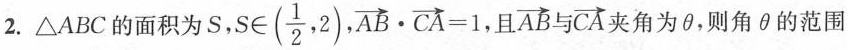
2.\bigtriangleup ABC的面积为S， $$S $$\epsilon（\frac{1}{2}，2）$$，\overrightarrow{AB} \bullet \overrightarrow{CA} = 1$$ ，且 \overrightarrow{AB}与\overrightarrow{CA}$$ 夹角为\theta ，则角\theta 的范围